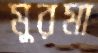
মুরমা